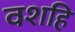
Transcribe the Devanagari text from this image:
वशहि